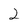
Character: 2